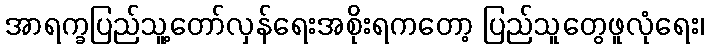
အာရက္ခပြည်သူ့တော်လှန်ရေးအစိုးရကတော့ ပြည်သူတွေဖူလုံရေး၊